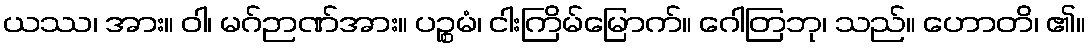
ယဿ၊ အား။ ဝါ၊ မဂ်ဉာဏ်အား။ ပဉ္စမံ၊ ငါးကြိမ်မြောက်။ ဂေါတြဘု၊ သည်။ ဟောတိ၊ ၏။